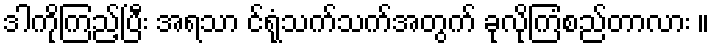
ဒါကိုကြည့်ပြီး အရသာ င်ရုံသက်သက်အတွက် ခုလိုကြံစည်တာလား ။